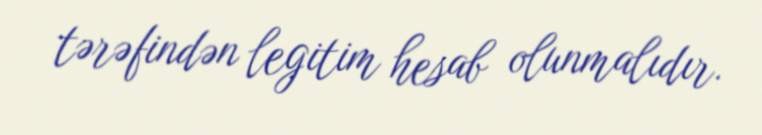
tərəfindən legitim hesab olunmalıdır.